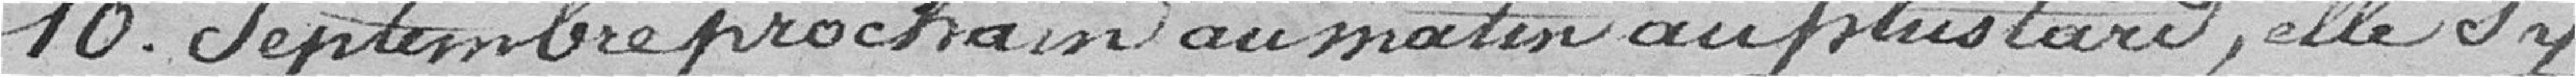
10 septembre prochain au matin au plus tard, elle s'y